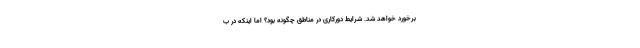
برخورد خواهد شد. شرایط دورکاری در مناطق چگونه بود؟ اما اینکه در ب